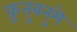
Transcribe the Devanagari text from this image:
क़ुतुबनुमे